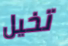
تخيل